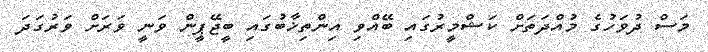
މަސް ދުވަހުގެ މުއްދަތަށް ކަޝްމީރުގައި ބޭއްވި އިންތިޚާބުގައި ބީޖޭޕީން ވަނީ ވަރަށް ވަރުގަދަ